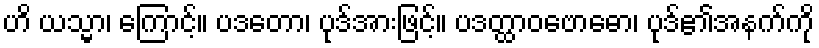
ဟိ ယသ္မာ၊ ကြောင့်။ ပဒတော၊ ပုဒ်အားဖြင့်။ ပဒတ္ထာဝဗောဓော၊ ပုဒ်၏အနက်ကို